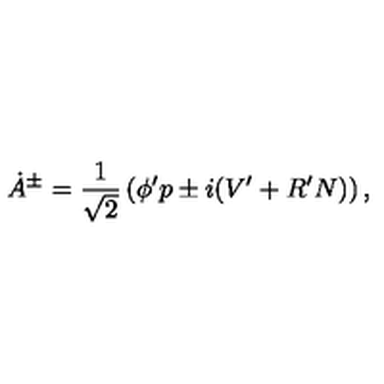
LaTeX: \dot { A } { } ^ { \pm } = \frac { 1 } { \sqrt { 2 } } \left( \phi ^ { \prime } p \pm i ( V ^ { \prime } + R ^ { \prime } N ) \right) ,